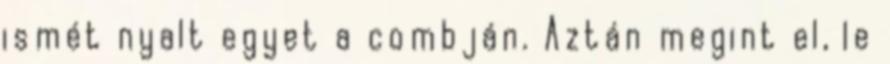
ismét nyalt egyet a combján. Aztán megint el, le